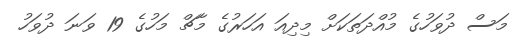
މަސް ދުވަހުގެ މުއްދަތަކަށް މިދިއަ އަހަރުގެ މާޗް މަހުގެ 19 ވަނަ ދުވަހު